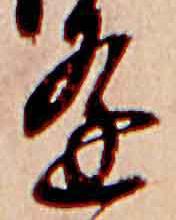
逢